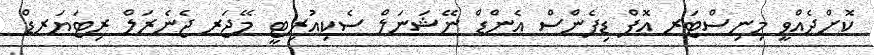
ކޮށްދެއްވީ މިނިސްޓަރ އޮފް ޑިފެންސް އެންޑް ނޭޝަނަލް ސެކިއުރިޓީ މޭޖަރ ޖެނެރަލް ރިޓަޔަރޑް